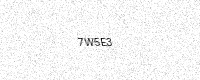
Text: 7W5E3